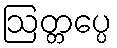
ဩတ္တပ္ပေ